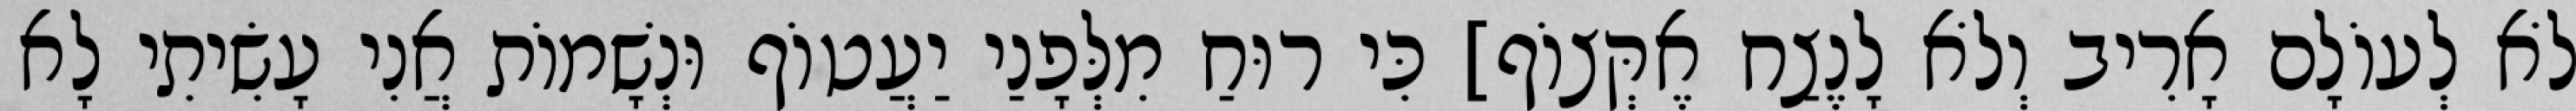
לֹא לְעוֹלָם אָרִיב וְלֹא לָנֶצַח אֶקְּצוֹף] כִּי רוּחַ מִלְּפָנַי יַעֲטוֹף וּנְשָׁמוֹת אֲנִי עָשִׂיתִי לָא